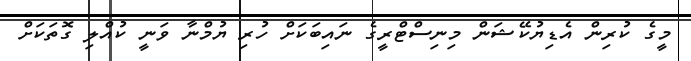
މީގެ ކުރިން އެޑިޔުކޭޝަން މިނިސްޓްރީގެ ނައިބަކަށް ހުރި ޔުމްނާ ވަނީ ކުއްލި ގޮތަކަށް